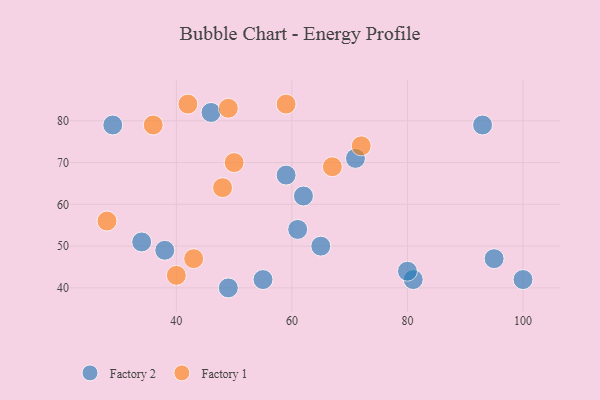
{"axis": {"x": "GDP", "y": "Life Expectancy"}, "legend": ["Factory 1", "Factory 2"], "data": [{"x": "49", "y": 40, "type": "Factory 2"}, {"x": "29", "y": 79, "type": "Factory 2"}, {"x": "81", "y": 42, "type": "Factory 2"}, {"x": "71", "y": 71, "type": "Factory 2"}, {"x": "95", "y": 47, "type": "Factory 2"}, {"x": "65", "y": 50, "type": "Factory 2"}, {"x": "62", "y": 62, "type": "Factory 2"}, {"x": "61", "y": 54, "type": "Factory 2"}, {"x": "55", "y": 42, "type": "Factory 2"}, {"x": "46", "y": 82, "type": "Factory 2"}, {"x": "34", "y": 51, "type": "Factory 2"}, {"x": "80", "y": 44, "type": "Factory 2"}, {"x": "93", "y": 79, "type": "Factory 2"}, {"x": "38", "y": 49, "type": "Factory 2"}, {"x": "100", "y": 42, "type": "Factory 2"}, {"x": "59", "y": 67, "type": "Factory 2"}, {"x": "43", "y": 47, "type": "Factory 1"}, {"x": "72", "y": 74, "type": "Factory 1"}, {"x": "40", "y": 43, "type": "Factory 1"}, {"x": "36", "y": 79, "type": "Factory 1"}, {"x": "28", "y": 56, "type": "Factory 1"}, {"x": "49", "y": 83, "type": "Factory 1"}, {"x": "50", "y": 70, "type": "Factory 1"}, {"x": "59", "y": 84, "type": "Factory 1"}, {"x": "48", "y": 64, "type": "Factory 1"}, {"x": "67", "y": 69, "type": "Factory 1"}, {"x": "42", "y": 84, "type": "Factory 1"}]}